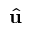
\hat { \bf u }